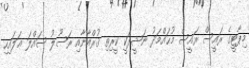
މިޕާޓީގެ ރައީސް ރައީސް މުޙައްމަދު ނަޝީދަކީ ކީރިތި ޤުރްއާނާއި ރަސޫލު ސައްލަ ޢަލައިހި